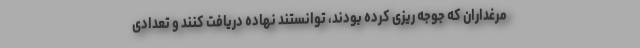
مرغداران که جوجه ریزی کرده بودند، توانستند نهاده دریافت کنند و تعدادی